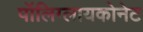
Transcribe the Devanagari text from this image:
पॉलिग्लायकोनेट